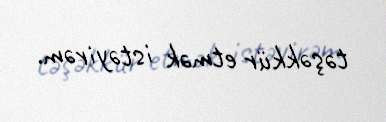
təşəkkür etmək istəyirəm.